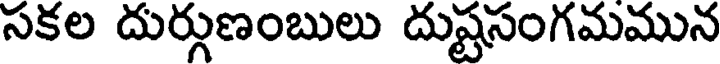
సకల దుర్గుణంబులు దుష్టసంగమమున